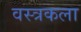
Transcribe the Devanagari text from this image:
वस्त्रकला